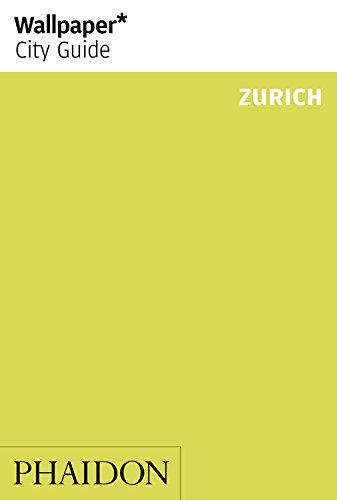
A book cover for Wallpaper* City Guide Zurich 2014 (Wallpaper City Guides); Wallpaper*; Travel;